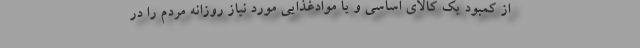
از کمبود یک کالای اساسی و یا موادغذایی مورد نیاز روزانه مردم را در